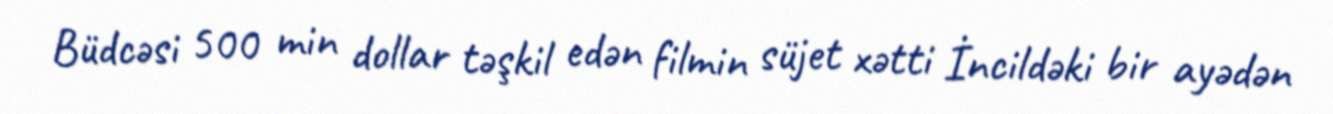
Büdcəsi 500 min dollar təşkil edən filmin süjet xətti İncildəki bir ayədən